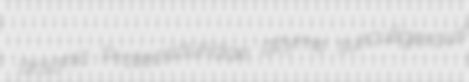
arsonic Proteosauridae azyme surculigerous